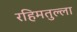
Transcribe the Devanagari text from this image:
रहिमतुल्ला